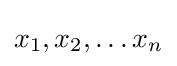
x_{1},x_{2},\dots x_{n}